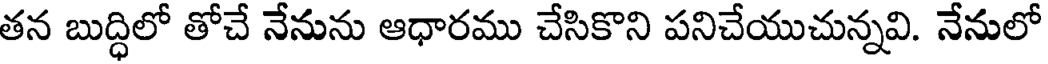
తన బుద్ధిలో తోచే నేనును ఆధారము చేసికొని పనిచేయుచున్నవి. నేనులో